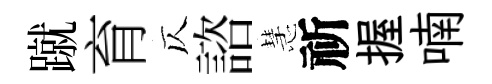
蹴育仄諮慧祈握喃